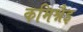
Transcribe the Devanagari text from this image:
कमिश्नैइ